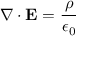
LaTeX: \nabla \cdot \mathbf { E } = { \frac { \rho } { \epsilon _ { 0 } } }